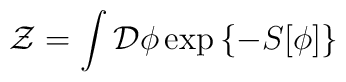
{\cal Z}=\int {\cal D}\phi \exp \left\{ -S[\phi ]\right\}